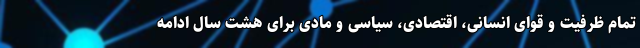
تمام ظرفیت و قوای انسانی، اقتصادی، سیاسی و مادی برای هشت سال ادامه